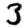
Digit: 3